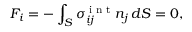
F _ { i } = - \int _ { S } \sigma _ { i j } ^ { \textrm { i n t } } n _ { j } \, d S = 0 ,